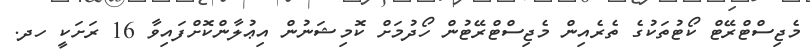
މެޖިސްޓްރޭޓް ކޯޓުތަކުގެ ތެރެއިން މެޖިސްޓްރޭޓުން ހޯދުމަށް ކޮމިޝަނުން އިޢުލާންކޮށްފައިވާ 16 ރަށަކީ ހދ.